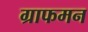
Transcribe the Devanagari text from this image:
ग्राफमन